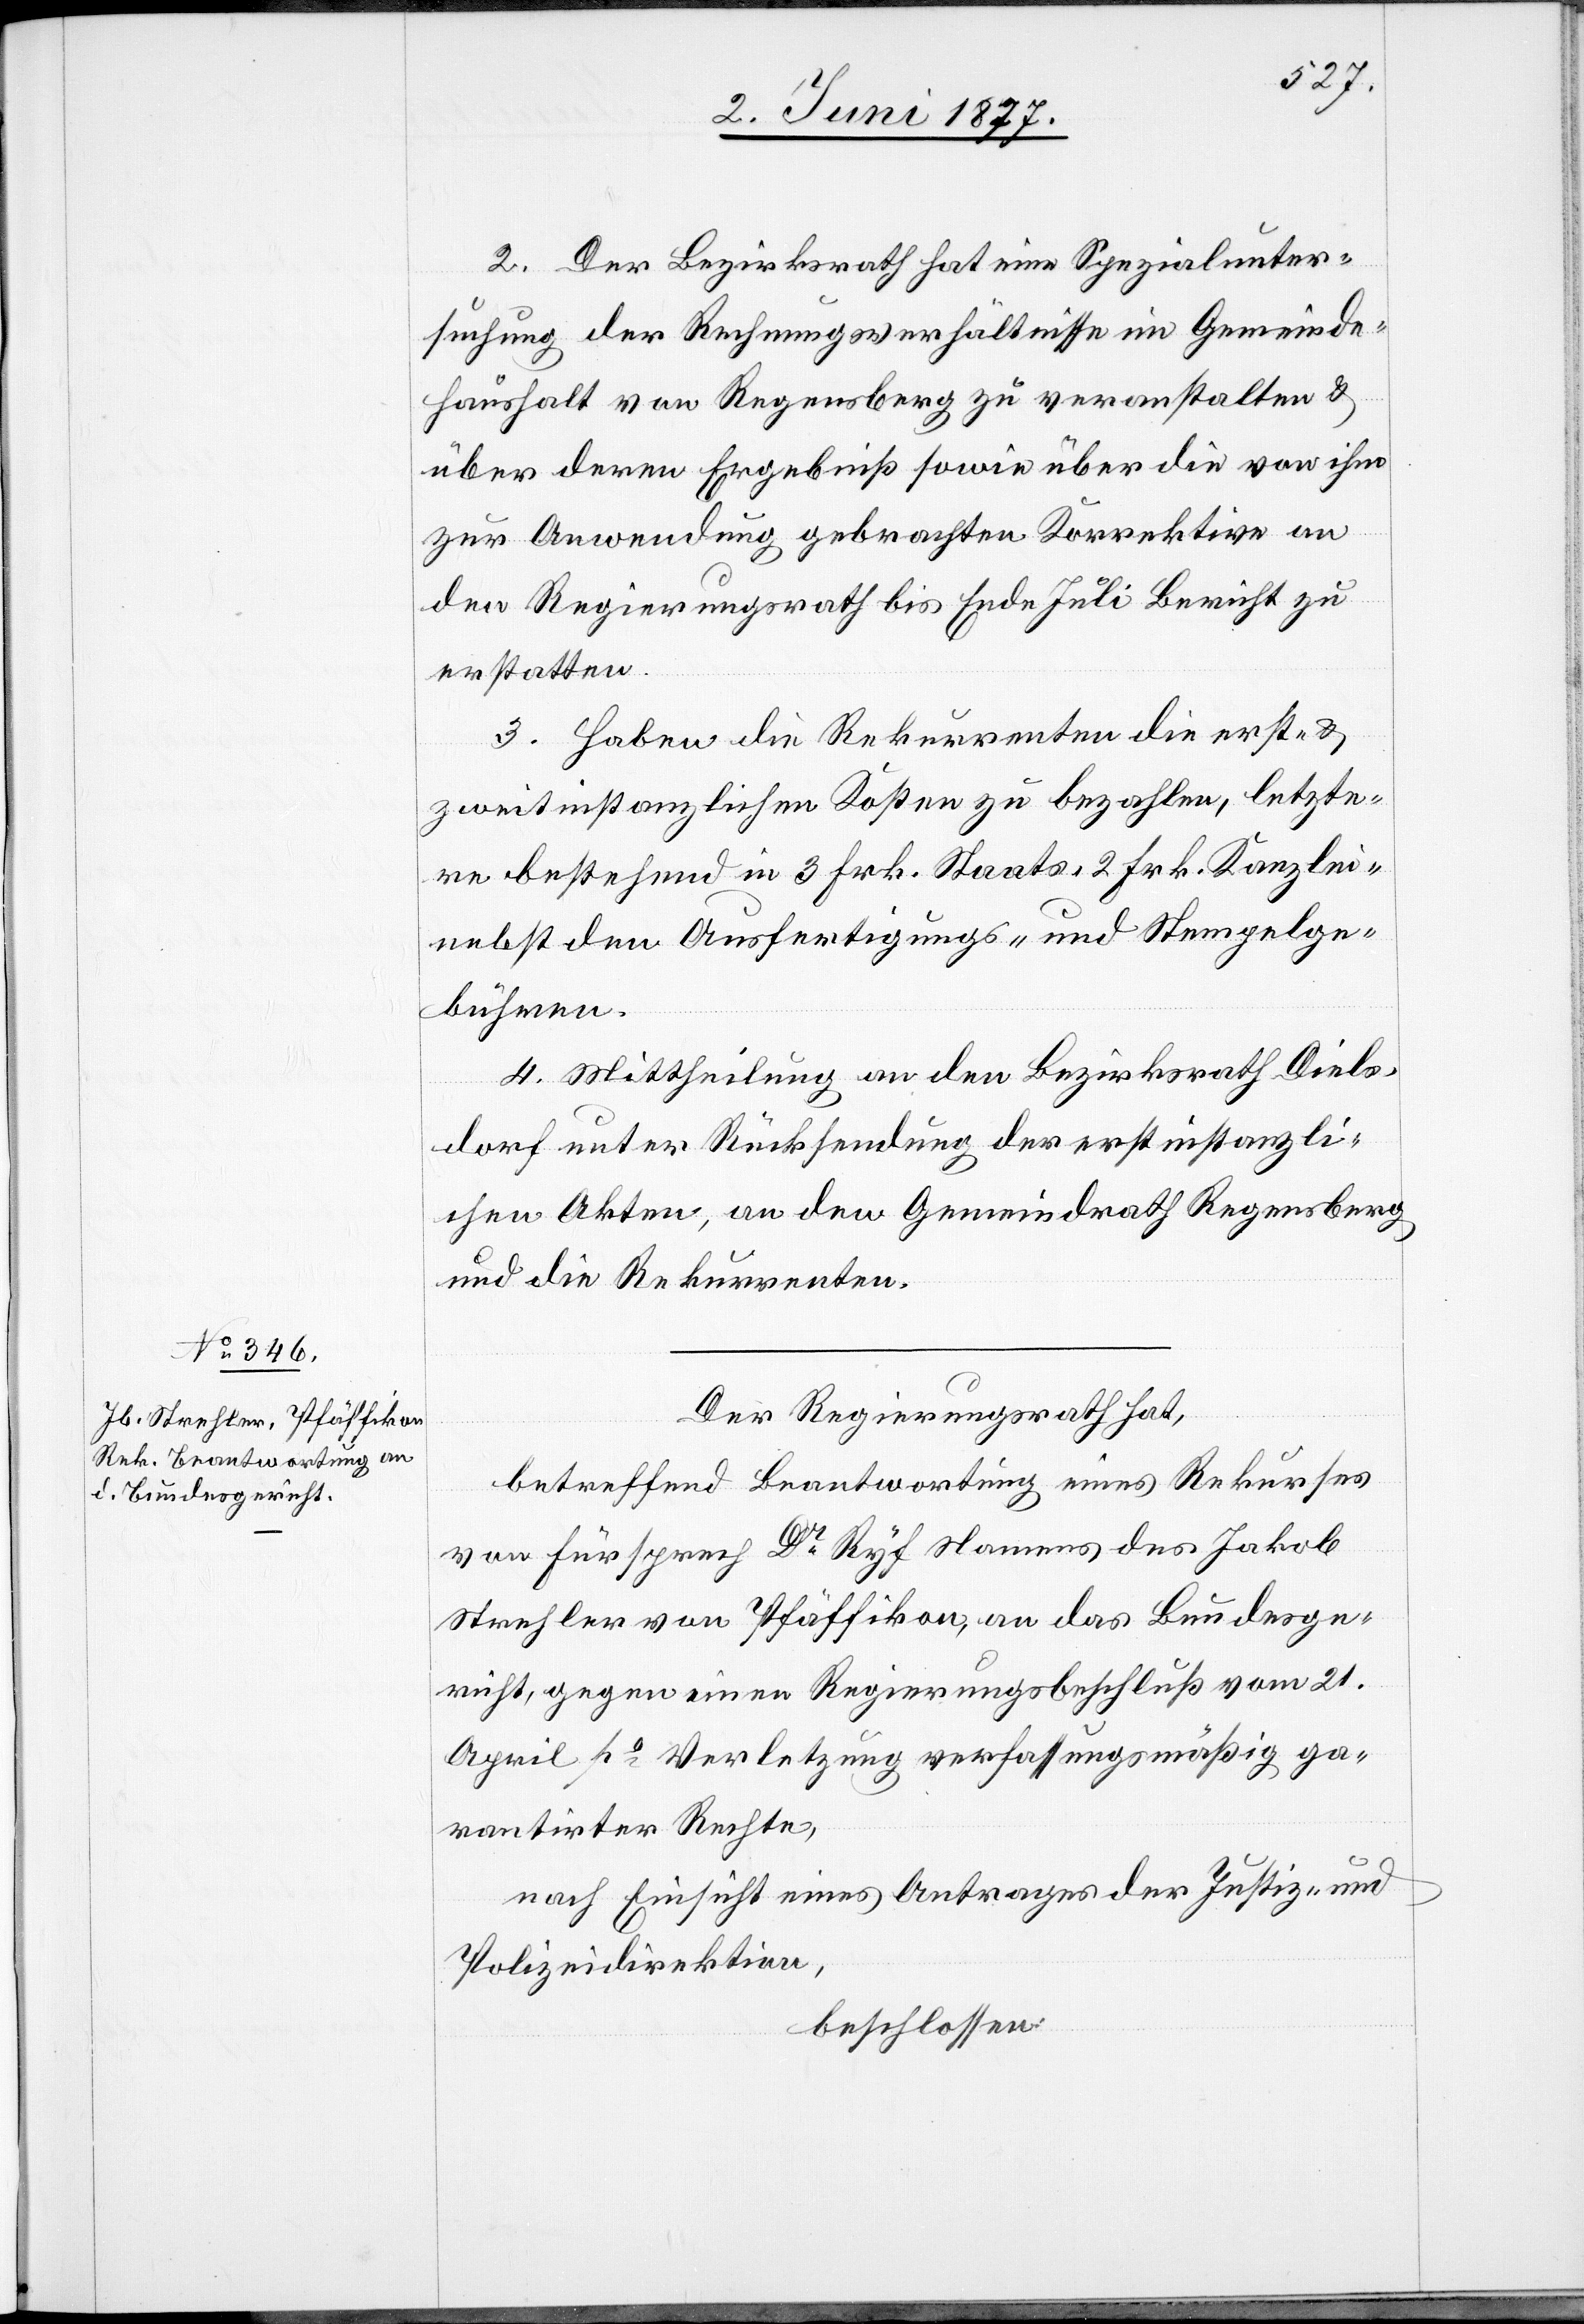
2. Der Bezirksrath hat eine Spezialunter¬
suchung der Rechnungsverhältnisse im Gemeinde¬
haushalt von Regensberg zu veranstalten &
über deren Ergebniß sowie über die von ihm
zur Anwendung gebrachten Korrektive an
den Regierungsrath bis Ende Juli Bericht zu
erstatten.
3. Haben die Rekurrenten die erst- &
zweitinstanzlichen Kosten zu bezahlen, letzte¬
re bestehend in 3 Frk. Staats- 2 Frk. Kanzlei-
nebst den Ausfertigungs- und Stempelge¬
bühren.
4. Mittheilung an den Bezirksrath Diels¬
dorf unter Rücksendung der erstinstanzli¬
chen Akten, an den Gemeindrath Regensberg
und die Rekurrenten.
Der Regierungsrath hat,
betreffend Beantwortung eines Rekurses
von Fürsprech Dr Ryf Namens des Jakob
Strehler von Pfäffikon, an das Bundesge¬
richt, gegen einen Regierungsbeschluß von 21.
April po Verletzung verfassungsmäßig ga¬
rantirter Rechte,
nach Einsicht eines Antrages der Justiz- und
Polizeidirektion,
beschlossen: